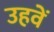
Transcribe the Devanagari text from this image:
उहवें